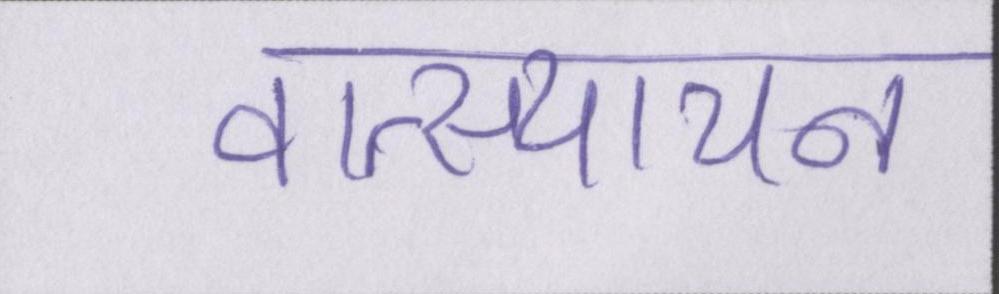
वात्स्यायन